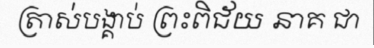
ត្រាស់បង្គាប់ ព្រះពិជ័យ នាគ ជា